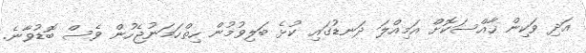
އަދި ވަކިން ހާއްސަކޮށް އަމިއްލަ ދަނޑުގައި ކުޅެ ބަލިވުމުން ހިތްހަމަނުޖެހުން ވެސް ބޮޑުވާނެ.